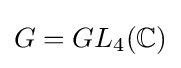
G=GL_{4}(\mathbb {C} )